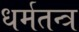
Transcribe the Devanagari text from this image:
धर्मतन्त्र